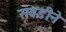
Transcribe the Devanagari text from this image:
सवडीने